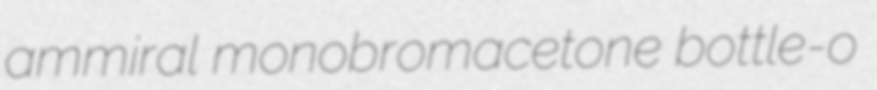
ammiral monobromacetone bottle-o